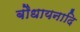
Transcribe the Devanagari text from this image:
बौधायनादि